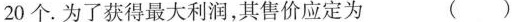
20个。为了获得最大利润，其售价应定为 ()